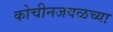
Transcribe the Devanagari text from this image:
कोचीनजवळच्या